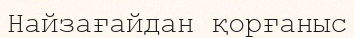
Найзағайдан қорғаныс